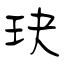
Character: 玦